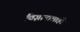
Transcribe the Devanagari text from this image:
विज्ञानालाही